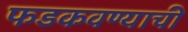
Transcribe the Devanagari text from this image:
फडकवण्याची